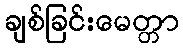
ချစ်ခြင်းမေတ္တာ